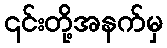
၎င်းတို့အနက်မှ